Vaccination in the Punjab 1905-1918 - 1905-1918
Year: 1905
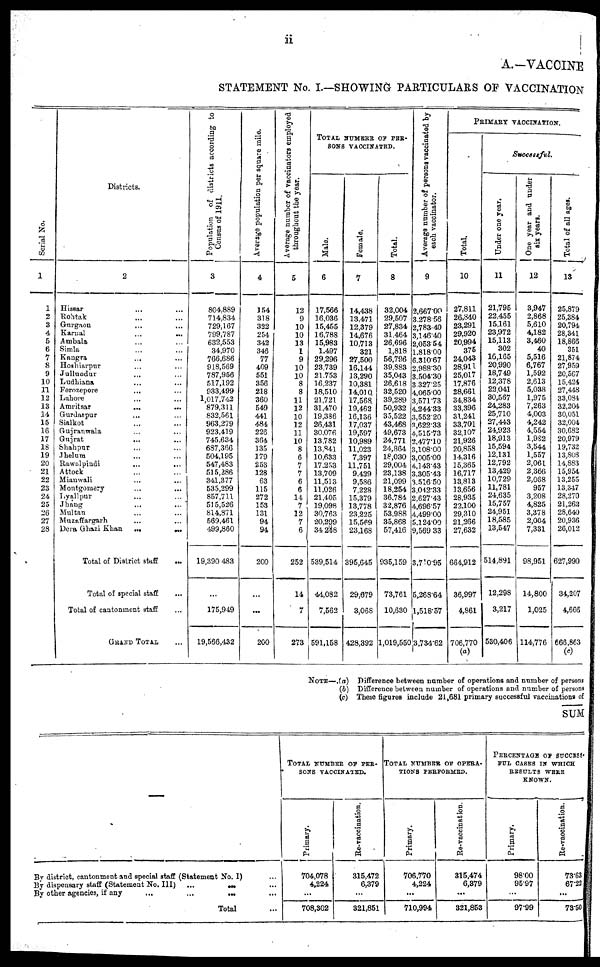
ii
A.—VACCINE
STATEMENT No. I.—SHOWING PARTICULARS OF VACCINATION
Serial No.
1
1
2
3
4
5
6
7
8
9
10
11
12
13
14
15
16
17
18
19
20
21
22
23
24
25
26
27
28
Districts.
2
Hissar ... ...
Rohtak ... ...
Gurgaon ... ...
Karnal ... ...
Ambala ... ...
Simla ... ...
Kangra ... ...
Hoshiarpur ... ...
Jullundur ... ...
Ludhiana ... ...
Ferozepore
... ...
Lahore ... ...
Amritsar
...
...
Gurdaspur ... ...
Sialkot ... ...
Gujranwala ... ...
Gujrat
... ...
Shahpur ... ...
Jhelum ... ...
Rawalpindi ... ...
Attock ... ...
Mianwali ... ...
Montgomery ... ...
Lyallpur ... ...
Jhang ... ...
Multan ... ...
Muzaffargarh ... ...
Dera Ghazi Khan
...
...
Total of District staff ...
Total of special staff
...
Total of cantonment staff ...
GRAND TOTAL ...
Population of districts according to
Census of 1911.
3
804,889
714,834
729,167
799,787
632,553
34,970
766,686
918,569
787,956
517,192
933,499
1,017,742
879,311
832,561
963,279
923,419
745,634
687,366
504,195
547,483
515,286
341,377
535,299
857,711
515,526
814,871
569,461
499,860
19,390,483
...
175,949
19,566,432
Average population per square mile.
4
154
318
322
254
342
346
77
409
551
356
218
360
549
441
484
226
364
135
179
253
128
63
115
272
153
131
94
94
200
...
...
200
Average number of vaccinators employed
throughout the year.
5
12
9
10
10
13
1
9
10
10
8
8
11
12
10
12
11
10
8
6
7
7
6
6
14
7
12
7
6
252
14
7
273
TOTAL NUMERR OP PER-
SONS VACCINATED.
Male.
6
17,566
16,036
15,455
16,788
15,983
1,497
29,296
23,739
21,753
16,237
18,510
21,721
31,470
19,336
26,431
30,076
13,782
13,841
10,633
17,253
13,709
11,513
11,026
21,405
19,098
30,763
20,299
34,248
539,514
44,082
7,562
591,158
Female.
7
14,438
13,471
12,379
14,676
10,713
321
27,500
16,144
13,290
10,381
14,010
17,568
19,462
16,136
17,037
19,597
10,989
11,023
7,397
11,751
9,439
9,586
7,228
15,379
13,778
23,225
15,569
23,168
395,645
29,679
3,068
428,392
Total.
8
32,004
29,507
27,834
31,464
26,696
1,818
56,796
39,883
35,043
26,618
32,520
39,289
50,932
35,522
43,468
49,673
24,771
24,864
18,030
29,004
23,138
21,099
18,254
36,784
32,876
53,988
35,868
57,416
935,159
73,761
10,630
1,019,550
Average number of persons vaccinated by
each vaccinator.
9
2,667.00
3,278.56
2,783.40
3,146.40
2,053.54
1,818.00
6,310.67
2,988.30
3,504.30
3327.25
4,065.00
3,571.73
4,244.33
3,552.20
3,622.33
4,515.73
2,477.10
3,108.00
3,005.00
4,143.43
3,305.43
3,516.50
3,042.33
2,627.43
4,696.57
4,499.00
5,124.00
9,569.33
3,710.95
5,268.64
1,518.57
3,734.62
PRIMARY VACCINATION.
Successful.
Total.
10
27,811
26,840
23,291
29,920
20,994
375
24,043
28,911
25,017
17,876
28,661
34,834
33,396
31,241
33,701
32,107
21,926
20,858
14,316
15,365
16,717
13,813
13,656
28,935
22,100
29,310
21,266
27,632
664,912
36,997
4,861
706,770
(a)
Under one year.
11
21,795
22,455
15,161
23,972
15,113
302
16,165
20,990
18,749
12,378
22,041
30,567
24,283
25,710
27,443
24,923
18,913
15,594
12,131
12,792
13,429
10,729
11,781
24,635
15,757
24,951
18,585
13,547
514,891
12,298
3,217
530,406
One year and under
six years.
12
3,947
2,868
5,610
4,182
3,460
40
5,516
6,767
1,592
2,613
5,038
1,975
7,263
4,003
4,242
4,554
1,982
3,544
1,557
2,061
2,366
2,068
957
3,208
4,825
3,378
2,004
7,331
98,951
14,800
1,025
114,776
Total of all ages.
13
25,879
25,384
20,794
28,341
18,866
351
21,874
27,959
20,567
15,424
27,448
33,084
32,204
30,051
32,004
30,682
20,979
19,732
13,808
14,883
15,954
13,255
13,347
28,270
21,262
28,640
20,936
26,012
627,990
34,207
4,666
666,863
(c)
NOTE—.(a) Difference between number of operations and number of persons
(b) Difference between number of operations and number of persons
(c) These figures include 21,681 primary successful vaccinations of
SUM
By district, cantonment and special staff (Statement No. I) ...
By dispensary staff (Statement No. III)
...
... ...
By other agencies, if any
...
...
... ...
Total ...
TOTAL NUMBER OF PER-
SONS VACCINATED.
Primary.
704,078
4,224
...
708,302
Re-vaccination.
315,472
6,379
...
321,851
TOTAL NUMBER OF OPERA-
----- PERFORMED.
Primary.
706,770
4,224
...
710,994
Re-vaccination.
315,474
6,379
...
321,853
PERCENTAGE OF SUCCESS-
FUL CASES IN WHICH
RESULTS WERE
KNOWN.
Primary.
98.00
95.97
...
97.99
Re-vaccination.
73.63
67.22
...
73.50